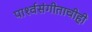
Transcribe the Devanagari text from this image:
पार्श्‍वसंगीताचीही